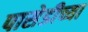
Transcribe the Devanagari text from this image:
पासेडीच्या